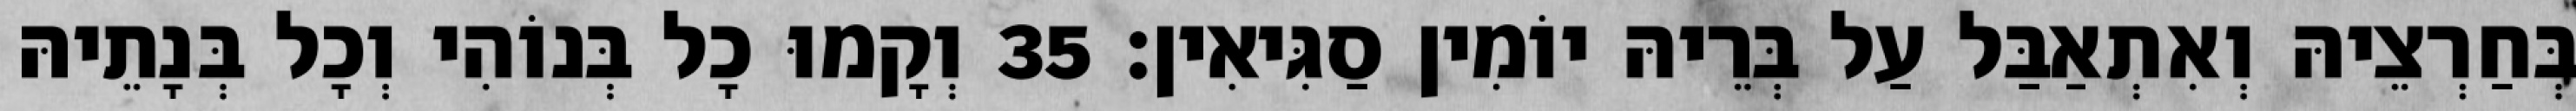
בְּחַרְצֵיהּ וְאִתְאַבַּל עַל בְּרֵיהּ יוֹמִין סַגִּיאִין׃ 35 וְקָמוּ כָל בְּנוֹהִי וְכָל בְּנָתֵיהּ